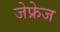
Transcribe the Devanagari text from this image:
जेफ्रेज